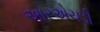
આરએચડી